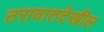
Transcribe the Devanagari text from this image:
ठरावातदेखील